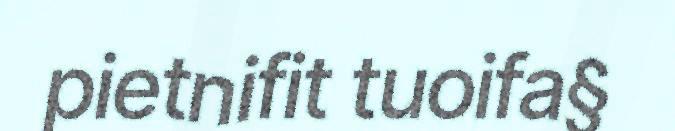
pietnifit tuoifa§